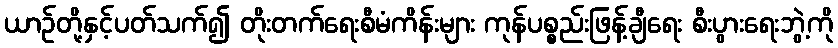
ယာဉ်တို့နှင့်ပတ်သက်၍ တိုးတက်ရေးစီမံကိန်းများ ကုန်ပစ္စည်းဖြန့်ချီရေး စီးပွားရေးဘွဲ့ကို